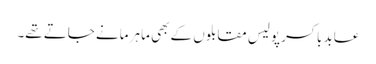
عابد باکسر پولیس مقابلوں کے بھی ماہر مانے جاتے تھے۔